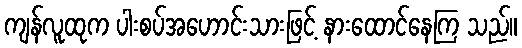
ကျန်လူထုက ပါးစပ်အဟောင်းသားဖြင့် နားထောင်နေကြ သည်။